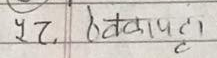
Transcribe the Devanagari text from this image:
५२.  हवापानी